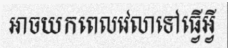
អាចយកពេលវេលាទៅធ្វើអ្វី